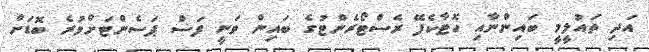
އަދި ތައުލީމީ ބައިންނާއި ހޮޓާކެފޭ ރެސްޓޯރެންޓުގެ ބައިން ވަނީ ފަސް ޕަސެންޓަށްވުރެ ބޮޑަށް